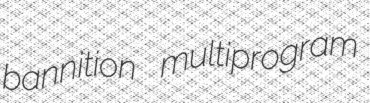
bannition multiprogram